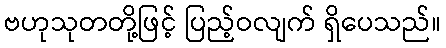
ဗဟုသုတတို့ဖြင့် ပြည့်ဝလျက် ရှိပေသည်။